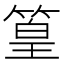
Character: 篁